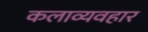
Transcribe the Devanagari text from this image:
कलाव्यवहार